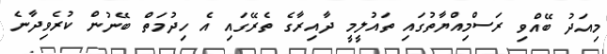
މިއަދު ބޭއްވި ރަސްމިއްޔާތުގައި ތައުލީމީ ދާއިރާގެ ތެރޭގައި އެ ހިދުމަތް ބޭނުން ކުރެވިދާނެ